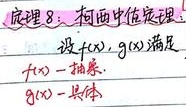
定理8：柯西中值定理：设 \(f(x),g(x)\) 满足
\(f(x)\) - 抽象
\(g(x)\) - 具体